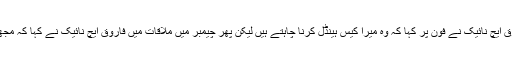
انہوں نے بتایا کہ فاروق ایچ نائیک نے فون پر کہا کہ وہ میرا کیس ہینڈل کرنا چاہتے ہیں لیکن پھر چیمبر میں ملاقات میں فاروق ایچ نائیک نے کہا کہ مجھے منع کر دیا گیا ہے۔